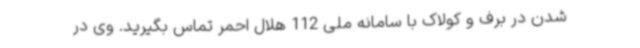
شدن در برف و کولاک با سامانه ملی 112 هلال احمر تماس بگیرید. وی در